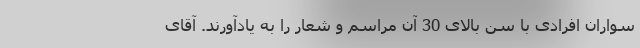
سواران افرادی با سن بالای 30 آن مراسم و شعار را به یاد‌آورند. آقای